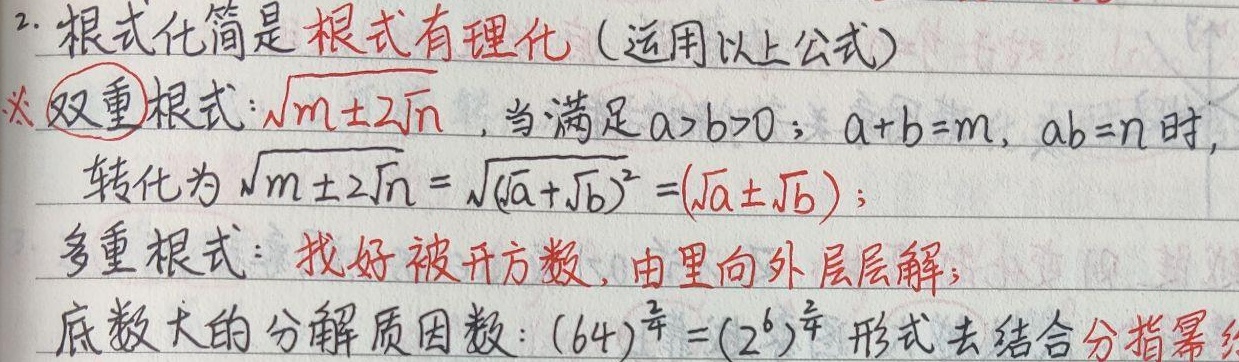
2. 根式化简是 根式有理化（运用以上公式）
※双重根式：\(\sqrt{m\pm2\sqrt{n}}\)，当满足\(a > b>0\)；\(a + b = m\)，\(ab = n\)时，转化为\(\sqrt{m\pm2\sqrt{n}}=\sqrt{(\sqrt{a}\pm\sqrt{b})^{2}}=(\sqrt{a}\pm\sqrt{b})\)；
多重根式：找好被开方数，由里向外层层解；
底数大的分解质因数：\((64)^{\frac{2}{3}}=(2^{6})^{\frac{2}{3}}\) 形式去结合分指幂